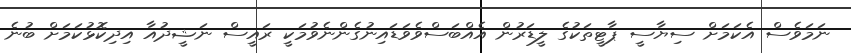
ނަމަވެސް އެކަމަށް ސިޔާސީ ޕާޓީތަކުގެ ލީޑަރުން އެއްބަސްވެވަޑައިނުގެންނެވުމަކީ ރައީސް ނަޝީދުއާ އިދިކޮޅުކަމަށް ބުނެ